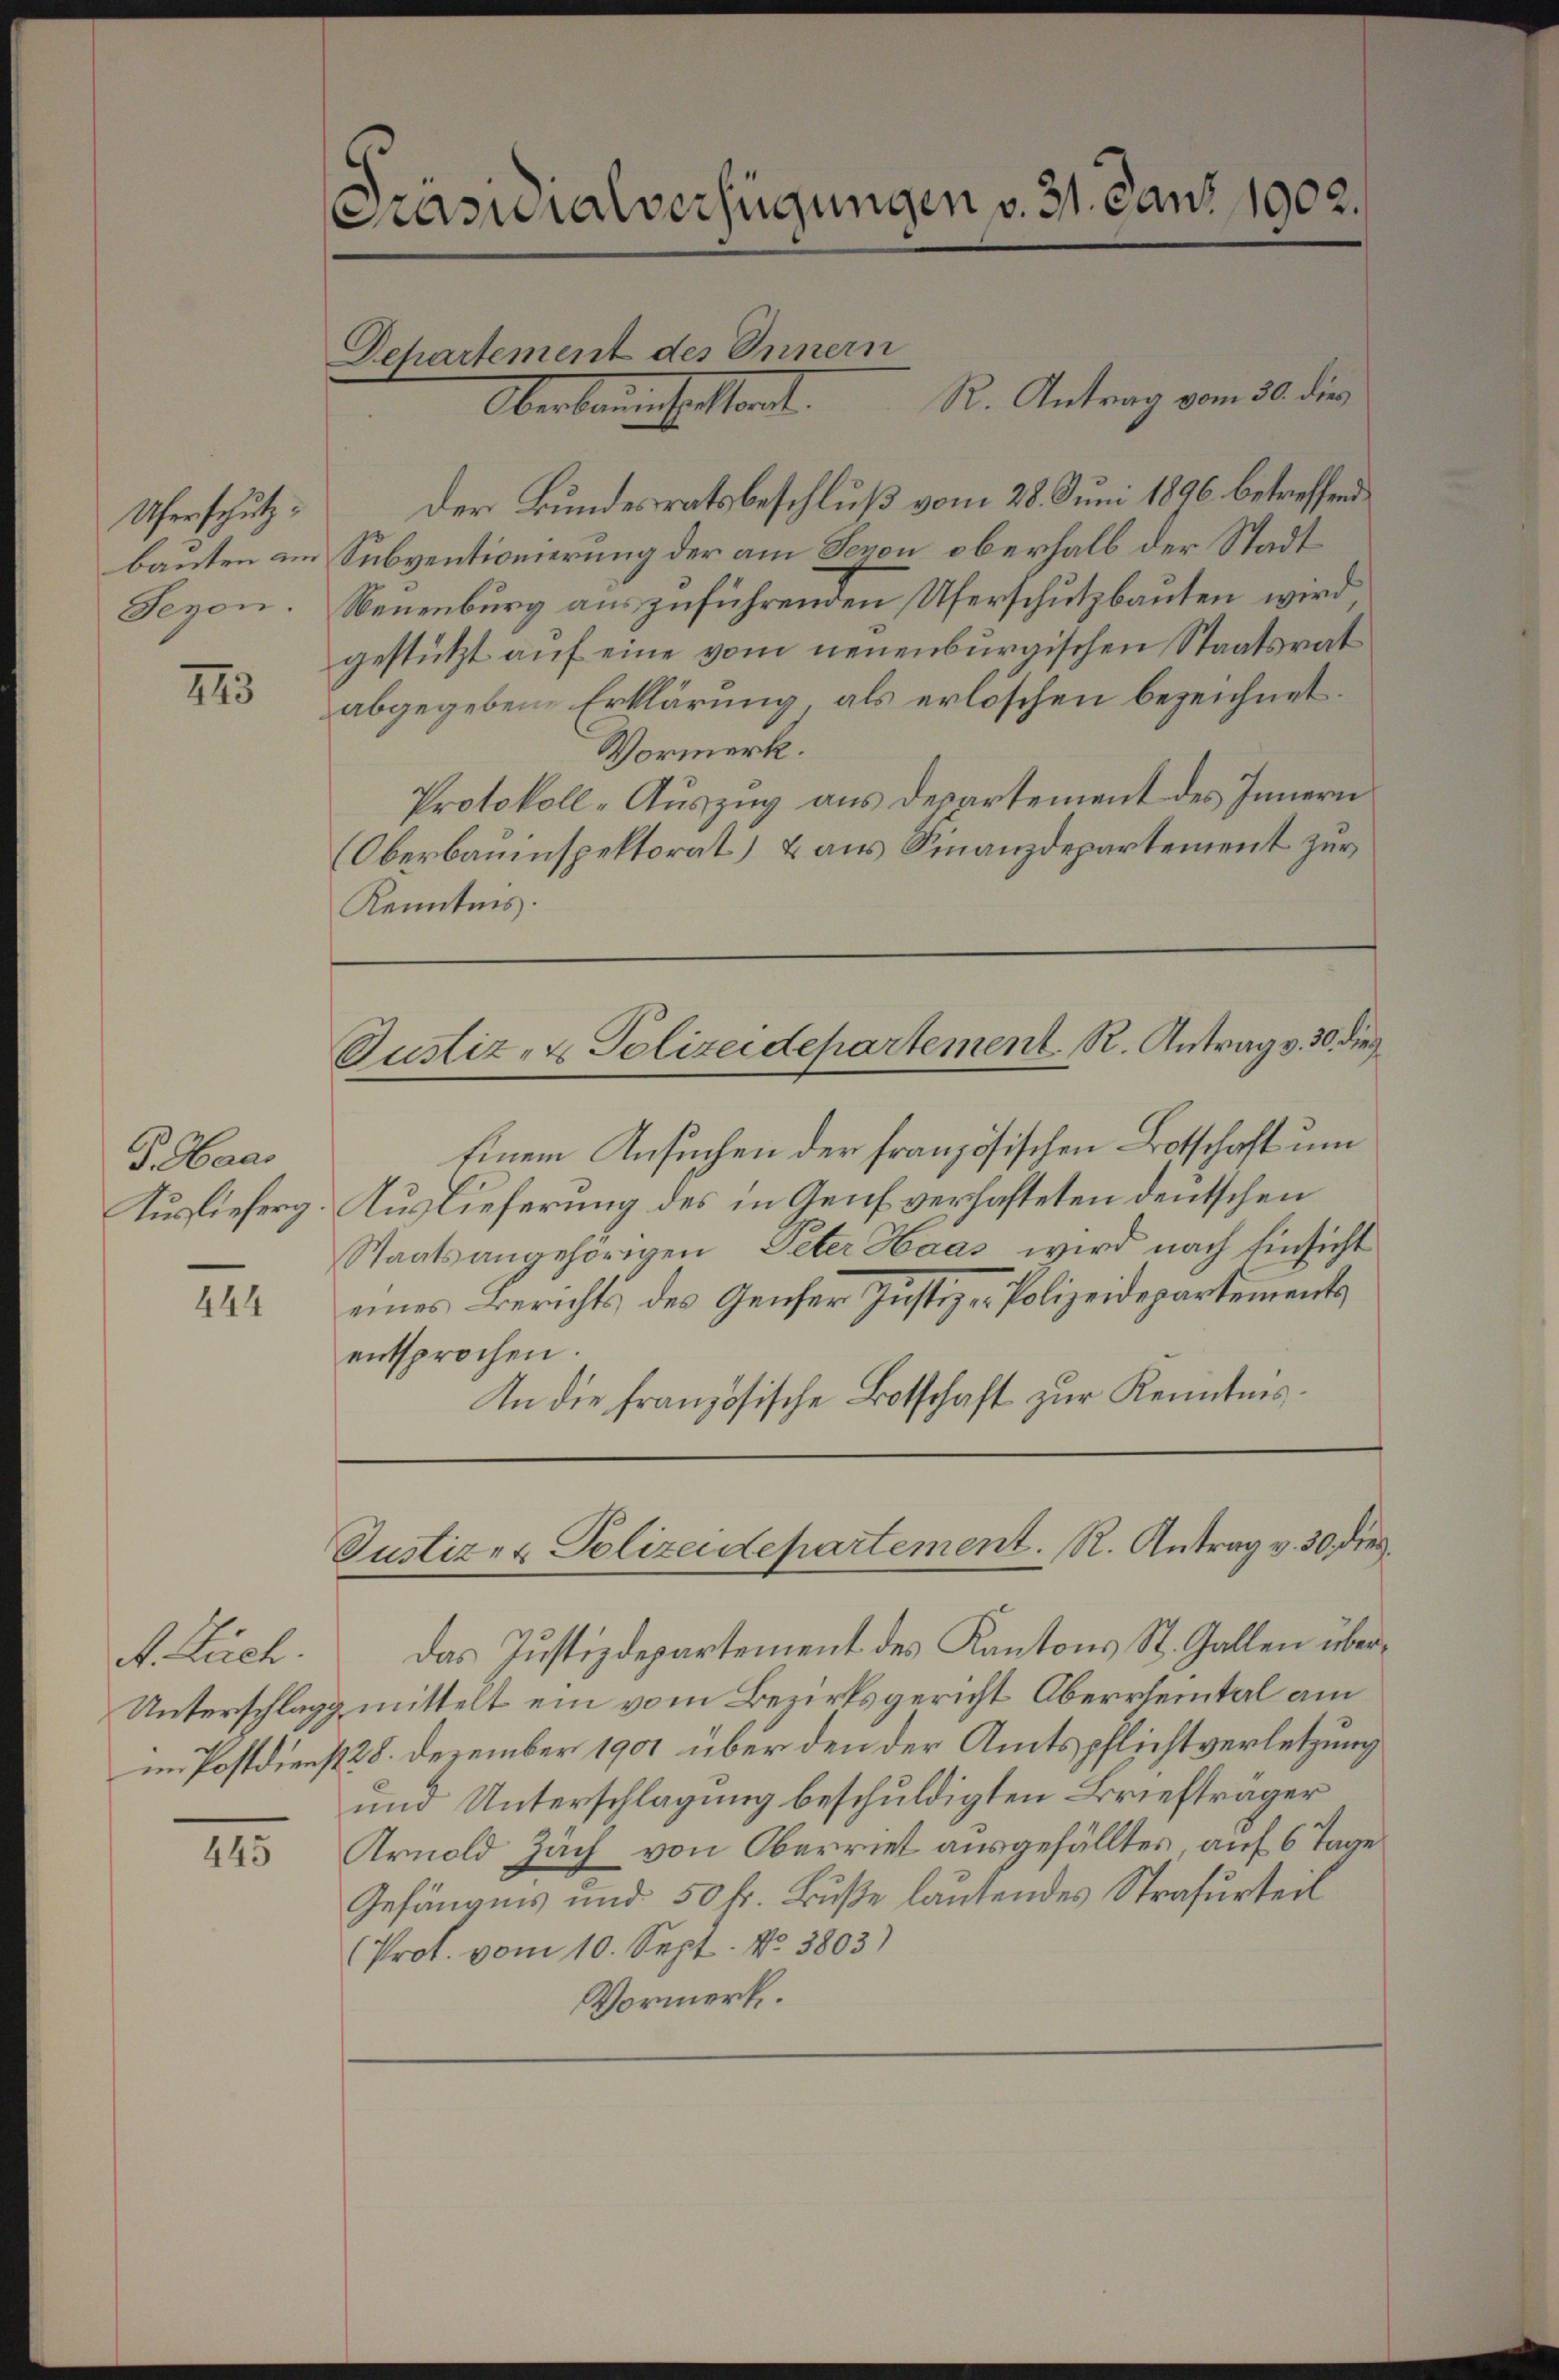
Uherschutz
bauten am
Sezon.

793

G. Haas
Auslieferg

444

A. Buch.

445

Pasuialverfügungen v. 31. Dans 1902.

Dchartement des Innern
Oberben enthatsant.

R. Antrag vom 30. dies
Der Bundesratsbeschluß vom 28. Juni 1896 betreffend
Subventionierung der am Sezon oberhalb der Stadt
Neuenburg auszuführenden Uferschutzbauten wird,
gestützt auf eine vom neuenburgischen Staatsrat
abgegebene Erklärung als erloschen bezeichnet.
Vormerk.
Protokoll-Auszug aus Departement des Innern
Oberbauinspektorat) & aus Finanzdepartement zur
Kenntnis.

Einem Ansuchen der französischen Botschaft um
Auslieferung des in Genf verhafteten deutschen
Staatsangehörigen Peter Haas wird nach Einsicht
eines Berichts des Gener Justiz-Polizeidepartements
entsprochen.
In die französische Botschaft zur Kenntnis¬

Justiz- & Polizeidepartement. R. Antrag v. 30. dies

Justiz- & Polizeidepartement. R. Antrag v. 30. dies

Das Justizdepartement des Kantons St. Gallen über¬
Unterschlag mittelt ein vom Bezirksgericht Oberrheintal am
in Postdienst 28. Dezember 1901 über den der Amtspflichtverletzung
und Unterschlagung beschuldigten Briefträger
Arnold Zach von Oberriet ausgefälltes auf 6 Tage
Gefängnis und 50 fr. Buße lautendes Strafurteil
(Prof. vom 10. Sept. No 3803)
Vormerk.